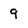
Character: 9